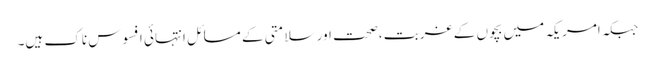
جبکہ امریکہ میں بچوں کے غربت ،صحت اور سلامتی کے مسائل انتہائی افسوس ناک ہیں۔